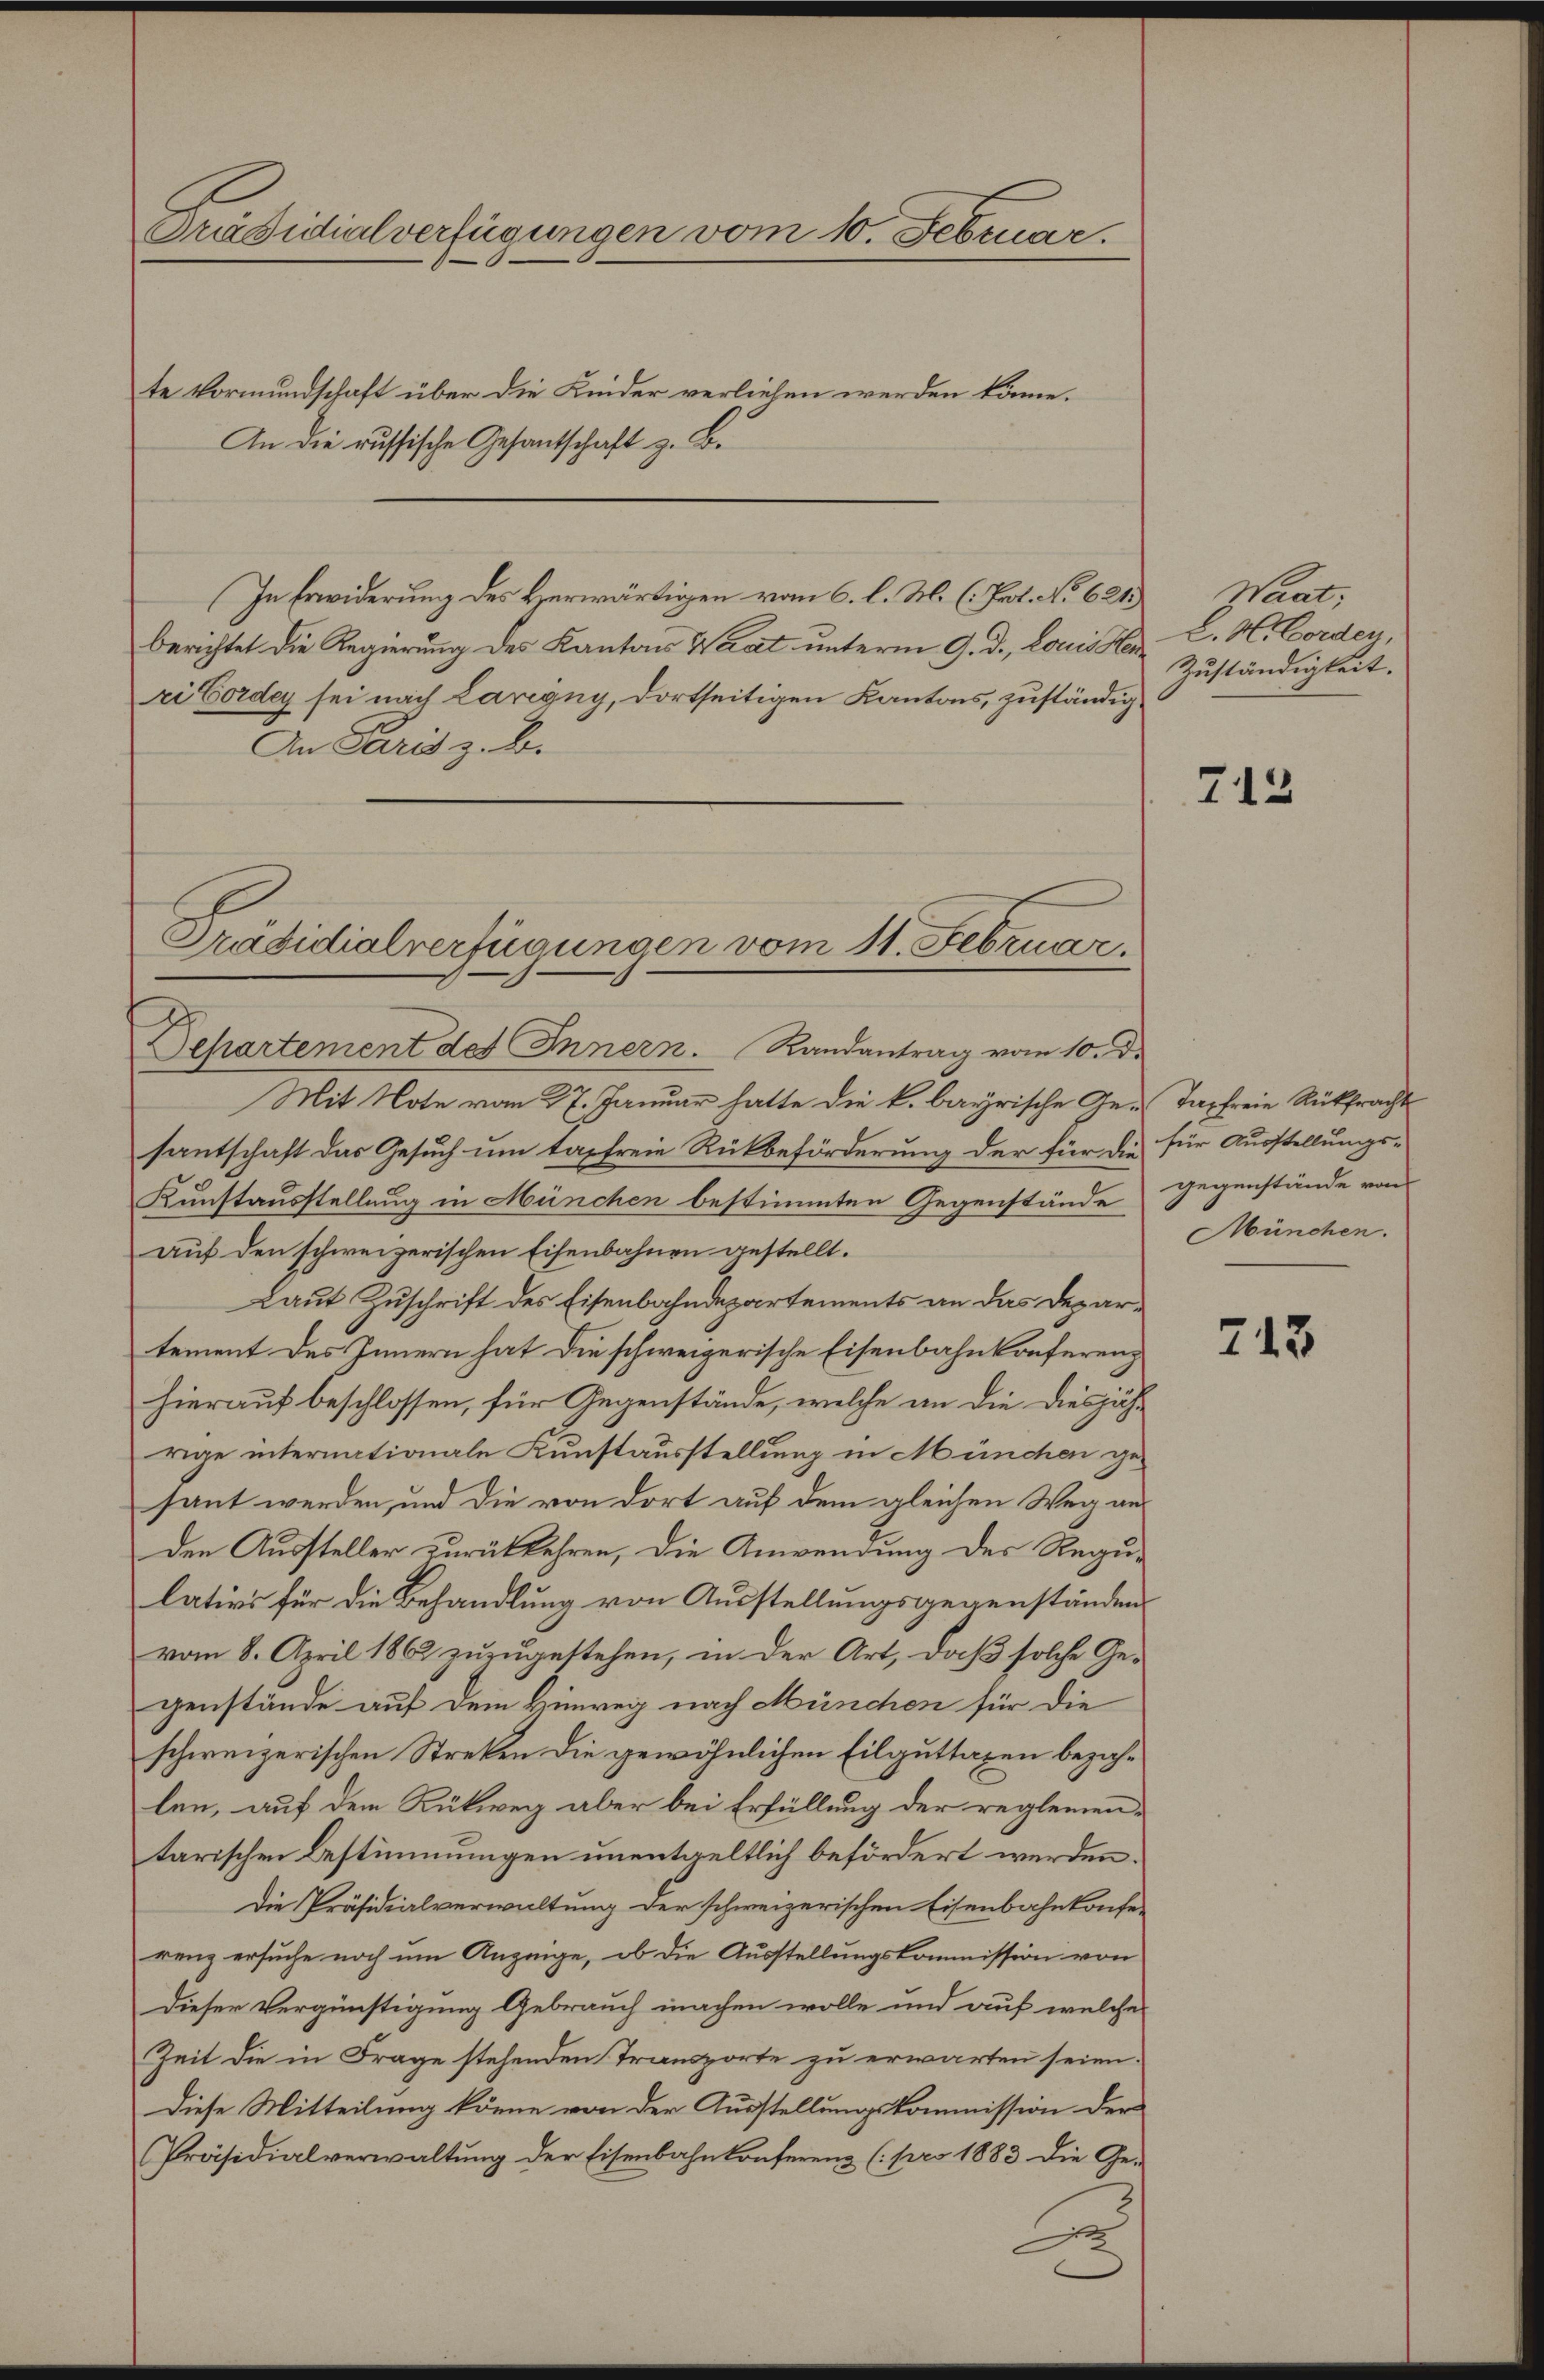
Präsidialverfügungen vom 10. Februar.
te Vormundschaft über die Kinder verlieben werden könne.
An die russische Gesantschaft z. B.

In Erwiderung des Herwärtigen vom 6. l. M. (Pat. No 621. Waat;
berichtet die Regierung des Kantons Waat unterm 9. d. Louis Her
i Cordey sei nach Larigny, dortseitigen Kantons, zuständig¬
An Paris z. B.
Präsidialverfügungen vom 11. Februar.

Separtement des Innern. Randantrag vom 10. d.

Mit Note vom 27. Januar hatte die k. bayrische Ge-Tasfreie Rükfracht
santschaft das Gesuch um tapfreie Rückbeförderung der für die für Ausstellungs-
Kunstausstellung in München bestimmten Gegenstände gegenstände von
auf den schweizerischen Eisenbahnen gestellt.
Laut Zuschrift des Eisenbahndepartements an das Departement des Innern hat die schweizerische Eisenbahnkonferenz
hierauf beschlossen, für Gegenstände, welche an die diesjährige internationale Kunstausstellung in München gesant werden, und die von dort auf dem gleichen Weg aus
den Aussteller zurückkehren, die Anwendung des Regulativs für die Behandlung von Ausstellungsgegenständen
vom 8. April 1862 zuzugestehen, in der Art, daß solche Gegenstände auf dem Hinweg nach München für die
schweizerischen Streken die gewöhnlichen Eilguttaxen bezahlen, auf dem Rückweg aber bei Erfüllung der reglementarischen Bestimmungen unentgeltlich befördert werden.
Die Präsidialverwaltung der schweizerischen Eisenbahnkonfe-
renz ersuche noch um Anzeige, ob die Ausstellungskommission von
Dieser Vergünstigung Gebrauch machen wolle und auf welche
Zeit die in Frage stehenden Transporte zu erwarten seien.
Diese Mitteilung könne von der Ausstellungskommission der
Präsidialverwaltŭng der Eisenbahnkonferenz (pro 1883 die Ge-
e

L. H. Borden,
Zuständigkeit.

712

München.

743